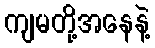
ကျမတို့အနေနဲ့